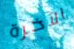
الآخرة